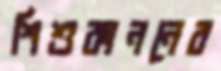
শিশুকাননের